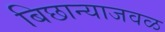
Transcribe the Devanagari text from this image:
बिछान्याजवळ